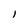
Character: l